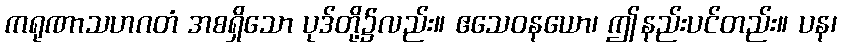
ကရုဏာသဟဂတံ အစရှိသော ပုဒ်တို့၌လည်း။ ဧသေဝနယော၊ ဤနည်းပင်တည်း။ ပန၊